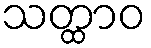
သတ္ထာဝ